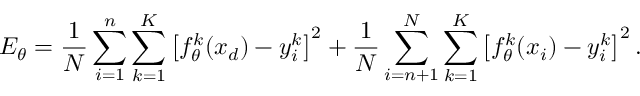
E _ { \theta } = \frac { 1 } { N } \sum _ { i = 1 } ^ { n } \sum _ { k = 1 } ^ { K } \left[ f _ { \theta } ^ { k } ( x _ { d } ) - y _ { i } ^ { k } \right] ^ { 2 } + \frac { 1 } { N } \sum _ { i = n + 1 } ^ { N } \sum _ { k = 1 } ^ { K } \left[ f _ { \theta } ^ { k } ( x _ { i } ) - y _ { i } ^ { k } \right] ^ { 2 } { \mathrm { . } }